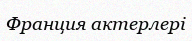
Франция актерлері